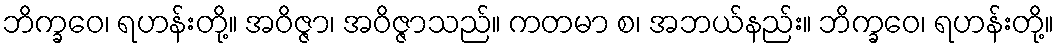
ဘိက္ခဝေ၊ ရဟန်းတို့။ အဝိဇ္ဇာ၊ အဝိဇ္ဇာသည်။ ကတမာ စ၊ အဘယ်နည်း။ ဘိက္ခဝေ၊ ရဟန်းတို့။